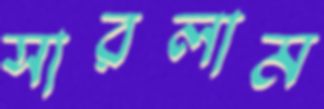
সারলাম